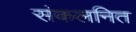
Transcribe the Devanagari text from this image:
संकलनित